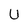
Character: U